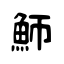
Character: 魳